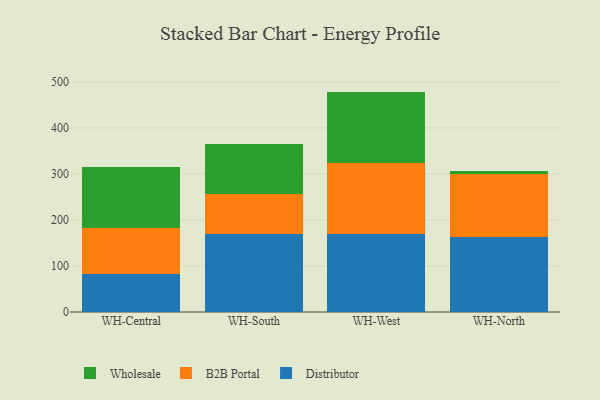
{"axis": {"x": "Warehouse", "y": "Budget (USD K)"}, "legend": ["B2B Portal", "Distributor", "Wholesale"], "data": [{"x": "WH-Central", "y": 82.4, "type": "Distributor"}, {"x": "WH-Central", "y": 99.3, "type": "B2B Portal"}, {"x": "WH-Central", "y": 133.9, "type": "Wholesale"}, {"x": "WH-South", "y": 170.2, "type": "Distributor"}, {"x": "WH-South", "y": 85.8, "type": "B2B Portal"}, {"x": "WH-South", "y": 108.5, "type": "Wholesale"}, {"x": "WH-West", "y": 169.2, "type": "Distributor"}, {"x": "WH-West", "y": 153.9, "type": "B2B Portal"}, {"x": "WH-West", "y": 155.9, "type": "Wholesale"}, {"x": "WH-North", "y": 163.0, "type": "Distributor"}, {"x": "WH-North", "y": 137.4, "type": "B2B Portal"}, {"x": "WH-North", "y": 6.9, "type": "Wholesale"}]}